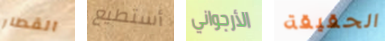
القطار أستطيع الأرجواني الحقيقة